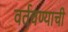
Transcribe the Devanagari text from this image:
वर्तवण्याची